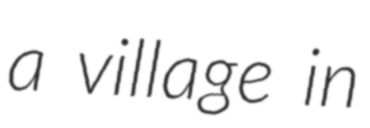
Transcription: a village in